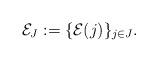
LaTeX: \begin{align*}\mathcal{E}_J := \{\mathcal{E}(j)\}_{j\in J}.\end{align*}